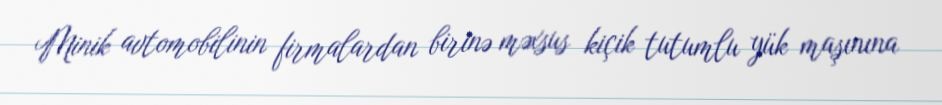
Minik avtomobilinin firmalardan birinə məxsus kiçik tutumlu yük maşınına